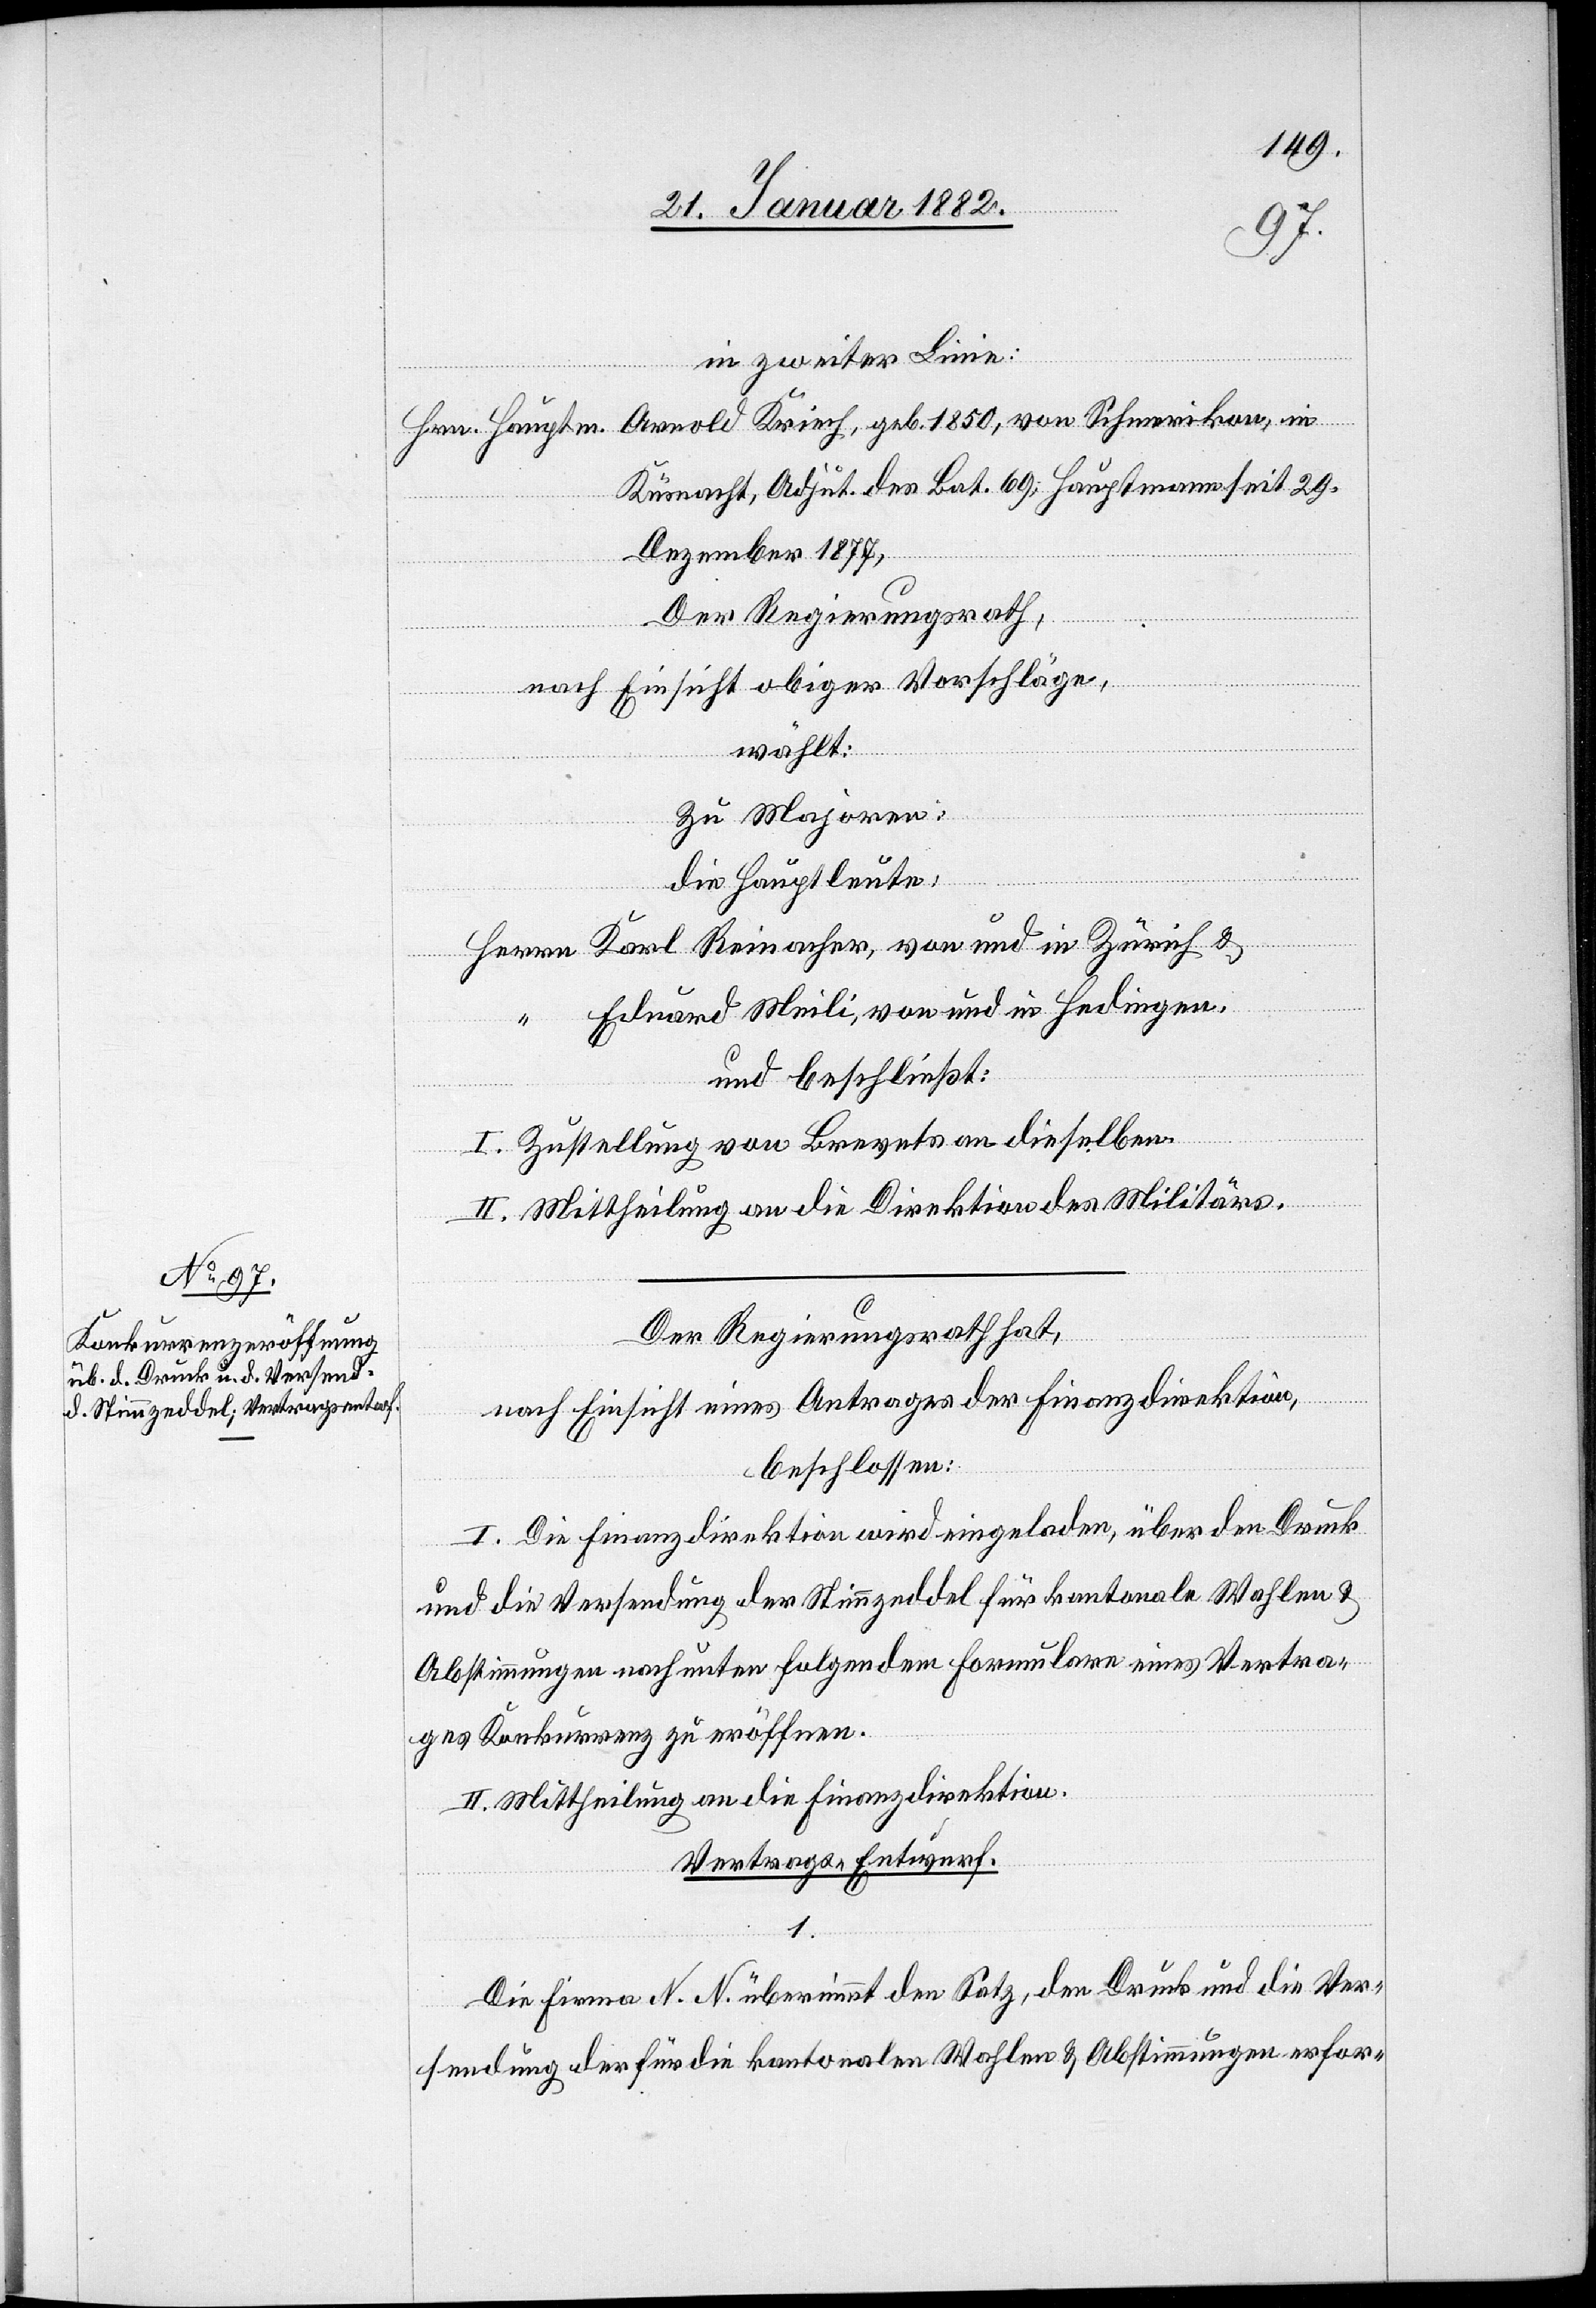
in zweiter Linie:
Hr. Hauptmann Arnold Kriech, geb. 1850, von Schmerikon, in
Küsnacht, Adjut. des Bat. 69; 				Hauptmann seit 29.
Dezember 1877
Der Regierungsrath,
nach Einsicht obiger Vorschläge,
wählt:
Zu Majoren:
die Hauptleute:
Herrn Karl Reinacher, von und in Zürich &
“ Eduard Meili, von und in Hedingen,
und beschließt:
I. Zustellung von Brevets an dieselben.
II. Mittheilung an die Direktion des Militärs.
Der Regierungsrath hat,
März
nach Einsicht eines Antrages der Finanzdirektion,
beschlossen:
I. Die Finanzdirektion wird eingeladen, über den Druck
und die Versendung der Stimmzeddel für kantonale Wahlen &
Abstimmungen nach unten folgenden Formularen eines Vertra¬
ges Konkurrenz zu eröffnen.
II. Mittheilung an die Finanzdirektion.
Vertrags-Entwurf.
1.
Die Firma N. N. übernimmt den Satz, den Druck und die Ver¬
sendung der für die kantonalen Wahlen & Abstimmungen erfor-